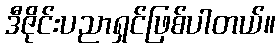
ဒီဇိုင်းပညာရှင်ဖြစ်ပါတယ်။